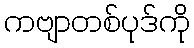
ကဗျာတစ်ပုဒ်ကို